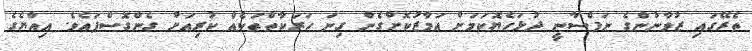
ތެރޭގައި ޒުވާނުންގެ ނަފްސާނީ ދުޅަހެޔޮކަމަށް އަމާޒުކޮށްގެން ގިނަ ހަރަކާތްތަކެއް ކުރިއަށް ގެންގޮސްފައެވެ. އިއްޔެގެ